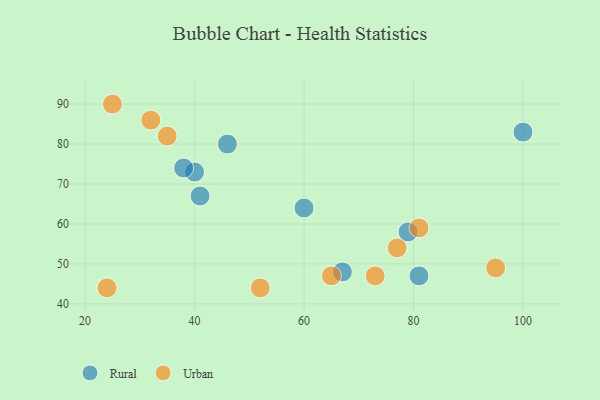
{"axis": {"x": "GDP", "y": "Life Expectancy"}, "legend": ["Rural", "Urban"], "data": [{"x": "81", "y": 47, "type": "Rural"}, {"x": "40", "y": 73, "type": "Rural"}, {"x": "46", "y": 80, "type": "Rural"}, {"x": "38", "y": 74, "type": "Rural"}, {"x": "41", "y": 67, "type": "Rural"}, {"x": "67", "y": 48, "type": "Rural"}, {"x": "100", "y": 83, "type": "Rural"}, {"x": "79", "y": 58, "type": "Rural"}, {"x": "60", "y": 64, "type": "Rural"}, {"x": "52", "y": 44, "type": "Urban"}, {"x": "77", "y": 54, "type": "Urban"}, {"x": "32", "y": 86, "type": "Urban"}, {"x": "73", "y": 47, "type": "Urban"}, {"x": "35", "y": 82, "type": "Urban"}, {"x": "24", "y": 44, "type": "Urban"}, {"x": "25", "y": 90, "type": "Urban"}, {"x": "81", "y": 59, "type": "Urban"}, {"x": "65", "y": 47, "type": "Urban"}, {"x": "95", "y": 49, "type": "Urban"}]}